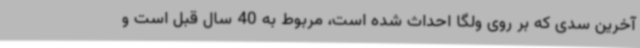
آخرین سدی که بر روی ولگا احداث شده است، مربوط به 40 سال قبل است و